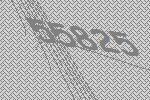
55825